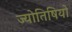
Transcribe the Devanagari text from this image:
ज्योतिषियो